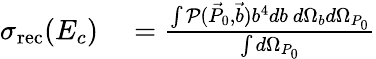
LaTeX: \begin{array}{rl}{\sigma_{\mathrm{rec}}(E_{c})}&{{}=\frac{\int\mathcal{P}(\vec{P}_{0},\vec{b})b^{4}db~d\Omega_{b}d\Omega_{P_{0}}}{\int d\Omega_{P_{0}}}}\end{array}